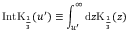
\mathrm { I n t K } _ { \frac { 1 } { 3 } } ( u ^ { \prime } ) \equiv \int _ { u ^ { \prime } } ^ { \infty } \mathrm { d } z \mathrm { K } _ { \frac { 1 } { 3 } } ( z )